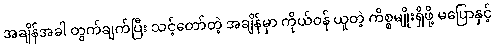
အချိန်အခါ တွက်ချက်ပြီး သင့်တော်တဲ့ အချိန်မှာ ကိုယ်ဝန် ယူတဲ့ ကိစ္စမျိုးရှိဖို့ မပြောနှင့်